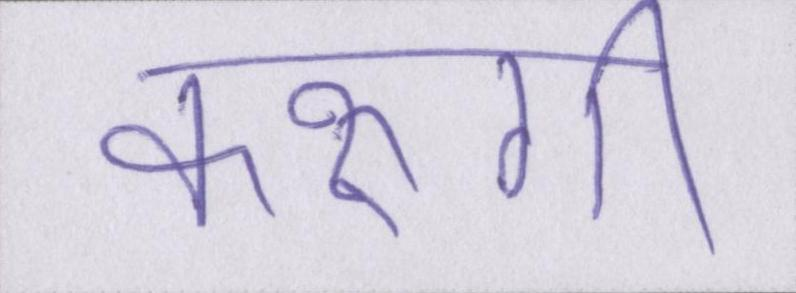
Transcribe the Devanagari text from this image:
करूंगी